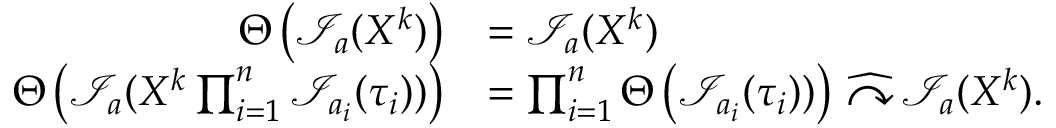
\begin{array} { r l } { \Theta \left( \mathcal { I } _ { a } ( X ^ { k } ) \right) } & { = \mathcal { I } _ { a } ( X ^ { k } ) } \\ { \Theta \left( \mathcal { I } _ { a } ( X ^ { k } \prod _ { i = 1 } ^ { n } \mathcal { I } _ { a _ { i } } ( \tau _ { i } ) ) \right) } & { = \prod _ { i = 1 } ^ { n } \Theta \left( \mathcal { I } _ { a _ { i } } ( \tau _ { i } ) ) \right) \, \widehat { \curvearrowright } \, \mathcal { I } _ { a } ( X ^ { k } ) . } \end{array}